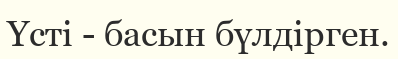
Үсті - басын бүлдірген.